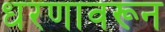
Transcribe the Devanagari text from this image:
धरणावरून